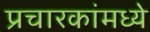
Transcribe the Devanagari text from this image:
प्रचारकांमध्ये